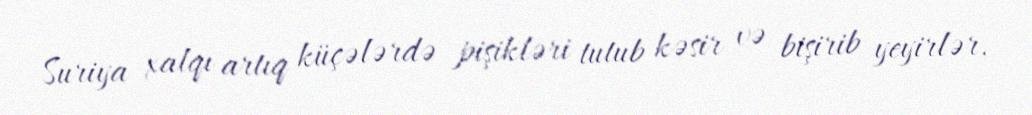
Suriya xalqı artıq küçələrdə pişikləri tutub kəsir və bişirib yeyirlər.